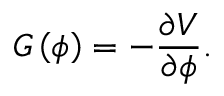
G \left( \phi \right) = - { \frac { \partial V } { \partial \phi } } .